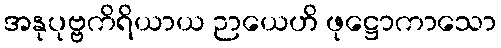
အနုပုဗ္ဗကိရိယာယ ဉာယေဟိ ဖုဋ္ဌောကာသော